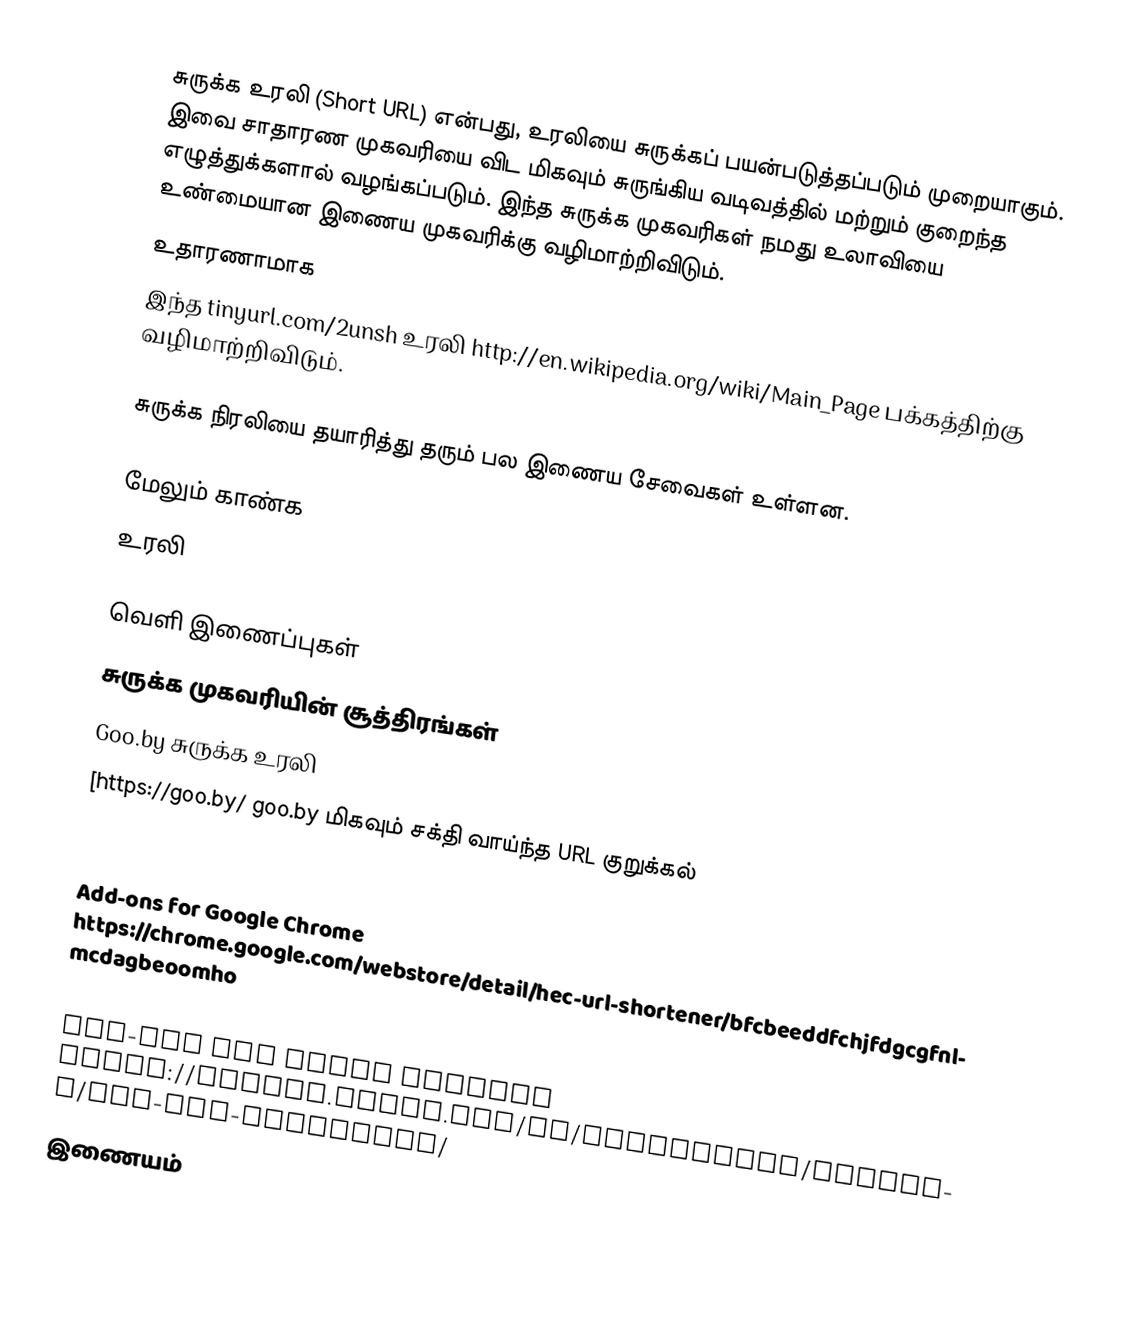
சுருக்க உரலி (Short URL) என்பது,   உரலியை சுருக்கப் பயன்படுத்தப்படும் முறையாகும். இவை சாதாரண முகவரியை விட மிகவும் சுருங்கிய வடிவத்தில் மற்றும் குறைந்த எழுத்துக்களால் வழங்கப்படும். இந்த சுருக்க முகவரிகள் நமது  உலாவியை உண்மையான  இணைய முகவரிக்கு வழிமாற்றிவிடும்.
உதாரணாமாக
இந்த tinyurl.com/2unsh உரலி http://en.wikipedia.org/wiki/Main_Page பக்கத்திற்கு வழிமாற்றிவிடும்.

சுருக்க நிரலியை தயாரித்து தரும் பல இணைய சேவைகள் உள்ளன.

மேலும் காண்க
 உரலி

வெளி இணைப்புகள்
சுருக்க முகவரியின் சூத்திரங்கள்
Goo.by சுருக்க உரலி
[https://goo.by/ goo.by மிகவும் சக்தி வாய்ந்த URL குறுக்கல்

Browser Extensions
 Add-ons for Google Chrome https://chrome.google.com/webstore/detail/hec-url-shortener/bfcbeeddfchjfdgcgfnlmcdagbeoomho
 Add-ons for Mozilla Firefox https://addons.mozilla.org/en-US/firefox/addon/lanbin/
 Add-ons for Opera Browser https://addons.opera.com/en/extensions/details/hec-url-shortener/
இணையம்